Civil Veterinary Dept. North-West Frontier Province 1901-22 - 1901-1922
Year: 1901
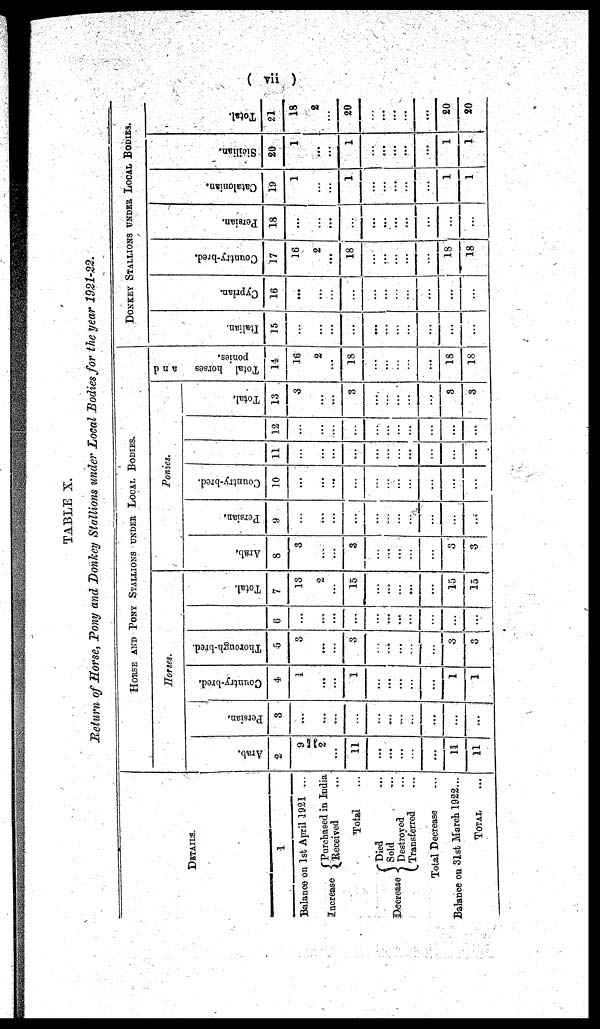
(vii)
TABLE X.
Return of Horse, Pony and Donkey Stallions under Local Bodies for the year 1921-22.
DETAILS.
1
Balance on 1st April 1921 ....
Increase
Purchased in India
Received ...
Total ...
Decrease
Died ...
Sold ...
Destroyed ...
Transferred ...
Total Decrease ...
Balance on 31st March 1922...
TOTAL ...
HORSE AND PONY STALLIONS UNDER LOCAL BODIES.
Horses.
Arab.
2
9
2
...
11
...
...
...
...
...
11
11
Persian.
8
...
...
...
...
...
...
...
...
...
...
...
Country-bred.
4
1
...
...
1
...
...
...
...
...
1
1
Thorough-bred.
5
3
...
...
3
...
...
...
...
...
3
3
6
...
...
...
...
...
...
...
...
...
...
...
Total.
7
13
2
...
15
...
...
...
...
...
15
15
Ponies.
Arab.
8
3
...
...
3
...
...
...
...
...
3
3
Persian.
9
...
...
...
...
...
...
...
...
...
...
...
Country-bred.
10
...
...
...
...
...
...
...
...
...
...
...
11
...
...
...
...
...
... ...
...
...
...
...
12
...
...
...
...
...
...
...
...
...
...
...
Total.
13
3
...
...
3
...
...
...
...
...
3
3
Total horses
and
ponies.
14
16
2
...
18
......
...
...
...
...
18
18
DONKEY STALLIONS UNDER LOCAL BODIES.
I t al i an.
15
...
...
...
...
...
...
...
...
...
...
...
Cypr i
an.
16
...
...
...
...
...
...
...
...
...
...
...
Count r
y- br e d.
17
16
2
...
18
...
...
...
...
...
18
18
Per s i
an.
18
...
...
...
...
...
...
...
...
...
...
...
Cat al oni an.
19
1
...
...
1
...
...
...
...
...
1
1
Sicilian.
20
1
...
...
1
...
...
...
...
...
1
1
Tot al .
21
18
2
...
20
...
...
...
...
...
20
20